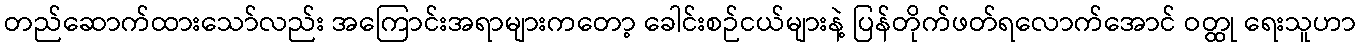
တည်ဆောက်ထားသော်လည်း အကြောင်းအရာများကတော့ ခေါင်းစဉ်ငယ်များနဲ့ ပြန်တိုက်ဖတ်ရလောက်အောင် ဝတ္ထု ရေးသူဟာ